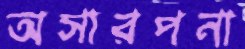
অসারপনা